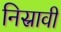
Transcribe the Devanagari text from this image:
निस्रावी